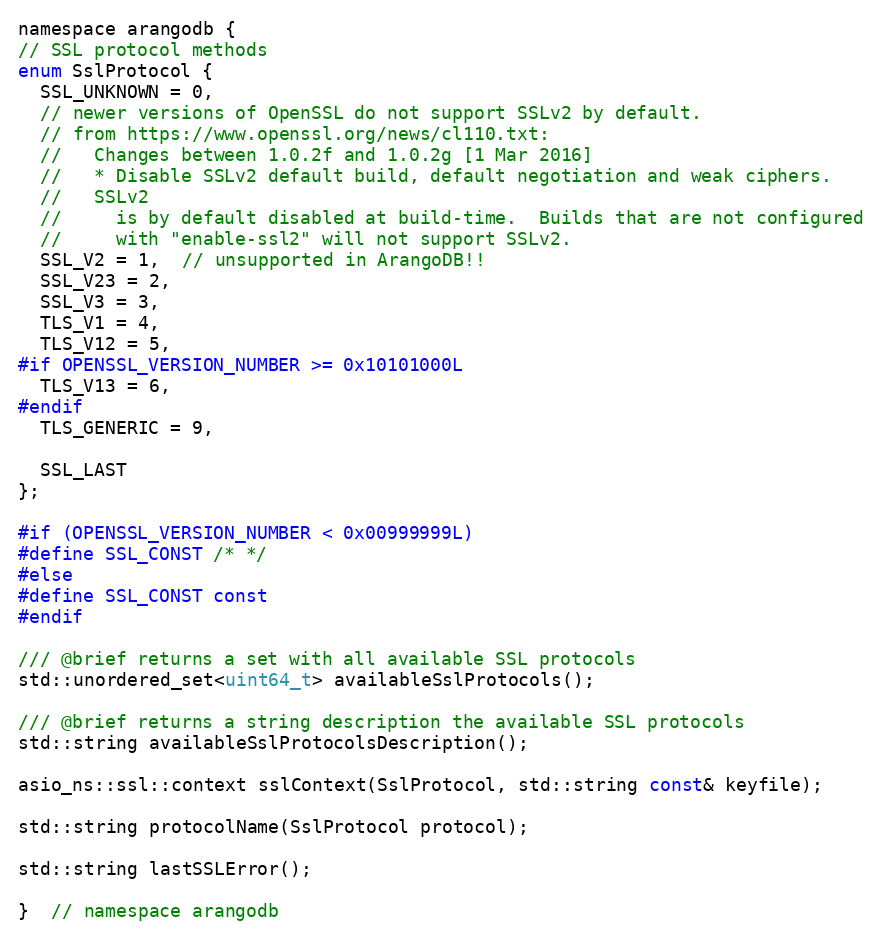
Language: C
namespace arangodb {
// SSL protocol methods
enum SslProtocol {
  SSL_UNKNOWN = 0,
  // newer versions of OpenSSL do not support SSLv2 by default.
  // from https://www.openssl.org/news/cl110.txt:
  //   Changes between 1.0.2f and 1.0.2g [1 Mar 2016]
  //   * Disable SSLv2 default build, default negotiation and weak ciphers.
  //   SSLv2
  //     is by default disabled at build-time.  Builds that are not configured
  //     with "enable-ssl2" will not support SSLv2.
  SSL_V2 = 1,  // unsupported in ArangoDB!!
  SSL_V23 = 2,
  SSL_V3 = 3,
  TLS_V1 = 4,
  TLS_V12 = 5,
#if OPENSSL_VERSION_NUMBER >= 0x10101000L
  TLS_V13 = 6,
#endif
  TLS_GENERIC = 9,

  SSL_LAST
};

#if (OPENSSL_VERSION_NUMBER < 0x00999999L)
#define SSL_CONST /* */
#else
#define SSL_CONST const
#endif

/// @brief returns a set with all available SSL protocols
std::unordered_set<uint64_t> availableSslProtocols();

/// @brief returns a string description the available SSL protocols
std::string availableSslProtocolsDescription();

asio_ns::ssl::context sslContext(SslProtocol, std::string const& keyfile);

std::string protocolName(SslProtocol protocol);

std::string lastSSLError();

}  // namespace arangodb